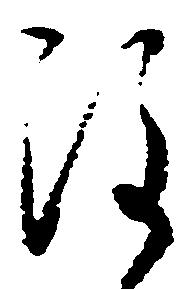
注